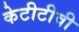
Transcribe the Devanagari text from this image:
केटीटीवी